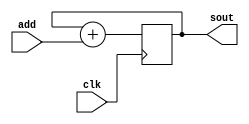
module dds32(clk, add, sout);

input wire clk;
input [31:0] add;

output reg [31:0] sout;

initial 
begin
	sout <= 0;
end

always @(posedge clk) begin
	sout <= sout + add;
end


endmodule